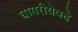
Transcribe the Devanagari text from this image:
घागरीयेवढे